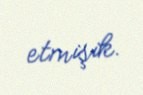
etmişik.